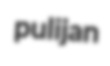
pulijan